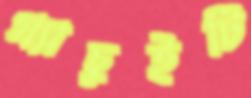
গ্র্যাচুইটি